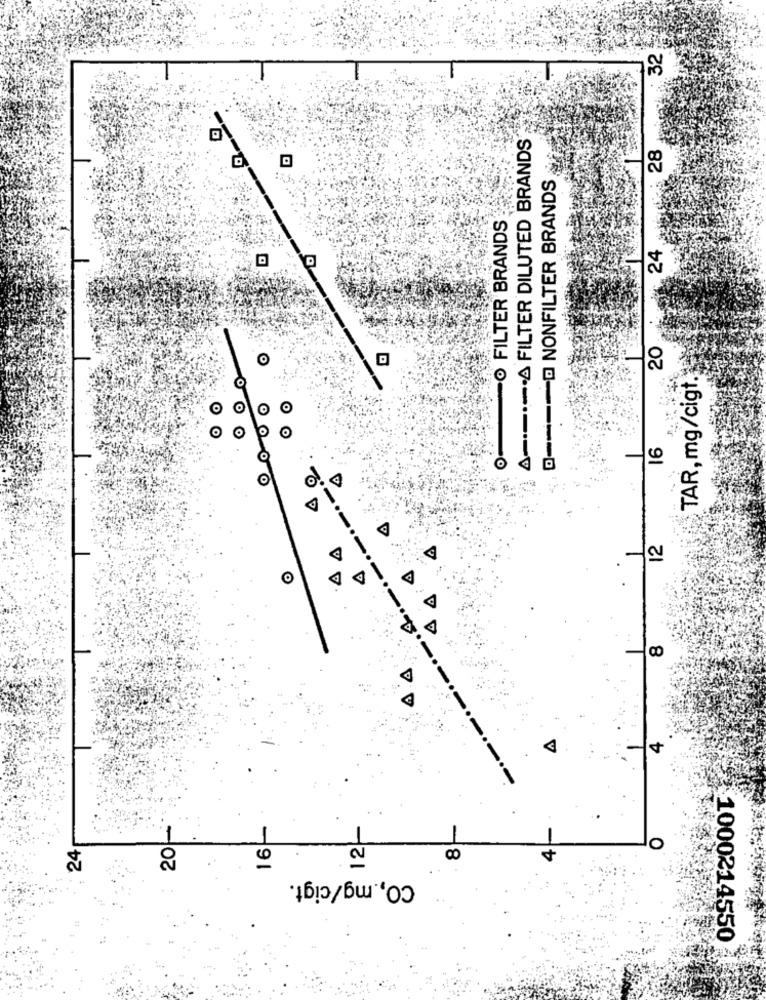
32
A ---- A FILTER DILUTED BRANDS
28
0 ---- @ NONFILTER BRANDS
O FILTER BRANDS
24
D
20
O
TAR, mg/cigt.
O
O
O
16
12
4
4
201
16-
12-
24
O
CO ,. mg/cigt.
1000214550